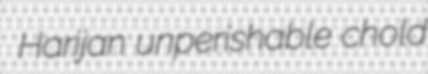
Harijan unperishable chold